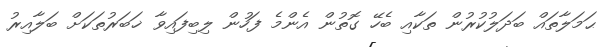
ޙަމަލާތައް ބަދަލުކުރުން ތަކާއި ބެހޭ ގޮތުން އެންމެ ފަހުން ލިބިފައިވާ ޚަބަރުތަކަށް ބަލާއިރު